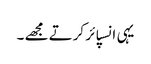
یہی انسپائر کرتے مجھے ۔